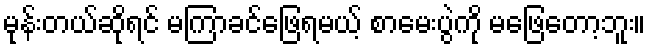
မုန်းတယ်ဆိုရင် မကြာခင်ဖြေရမယ့် စာမေးပွဲကို မဖြေတော့ဘူး။